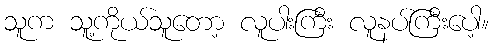
သူက သူ့ကိုယ်သူတော့ လူပါးကြီး လူနပ်ကြီးပေါ့။